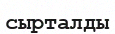
сырталды